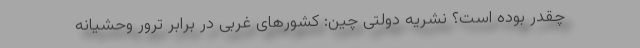
چقدر بوده است؟ نشریه دولتی چین: کشورهای غربی در برابر ترور وحشیانه